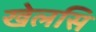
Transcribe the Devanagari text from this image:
खेलसि